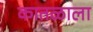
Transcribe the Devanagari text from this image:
कातळाला